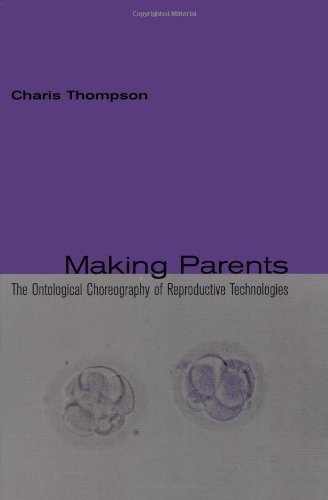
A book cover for Making Parents: The Ontological Choreography of Reproductive Technologies (Inside Technology); Charis Thompson; Parenting & Relationships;